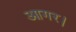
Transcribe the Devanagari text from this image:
आगर।